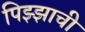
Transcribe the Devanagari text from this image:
पिझ्झाची